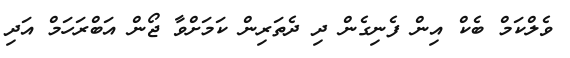
ވެލްކަމް ބެކް އިން ފެނިގެން ދި ދެތަރިން ކަމަށްވާ ޖޯން އަބްރަހަމް އަދި